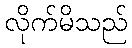
လိုက်မိသည်